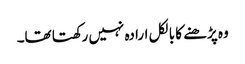
وہ پڑھنے کا بالکل ارادہ نہیں رکھتا تھا۔